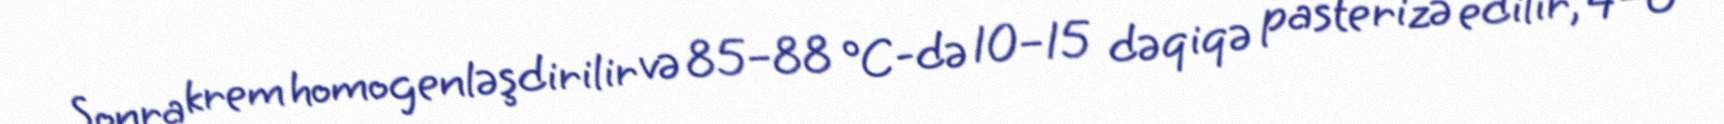
Sonra krem homogenləşdirilir və 85–88 °C-də 10–15 dəqiqə pasterizə edilir, 4–6